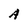
Character: A